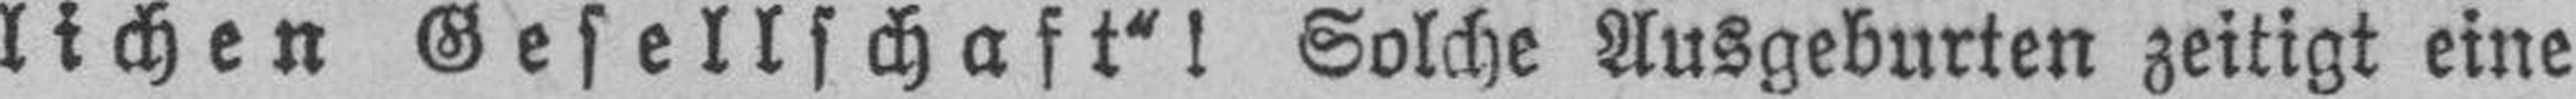
lichen Gesellschaft“! Solche Ausgeburten zeitigt eine